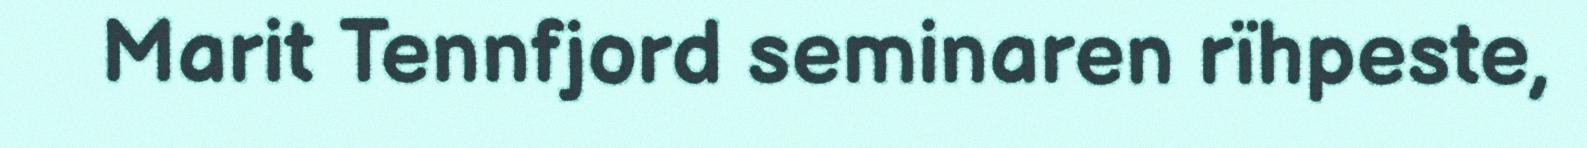
Marit Tennfjord seminaren rïhpeste,